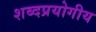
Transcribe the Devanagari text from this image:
शब्दप्रयोगीय